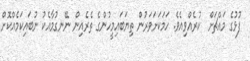
ފުޅުގެ މައްޗަށް  ކުރެއްވިއެވެ. ހަމަކަށަވަރުން ތިޔަބައިމީހުންގެ ތެރެއިން ނޭނގުމާއެކު ނުބައިކަމެއްކޮށް